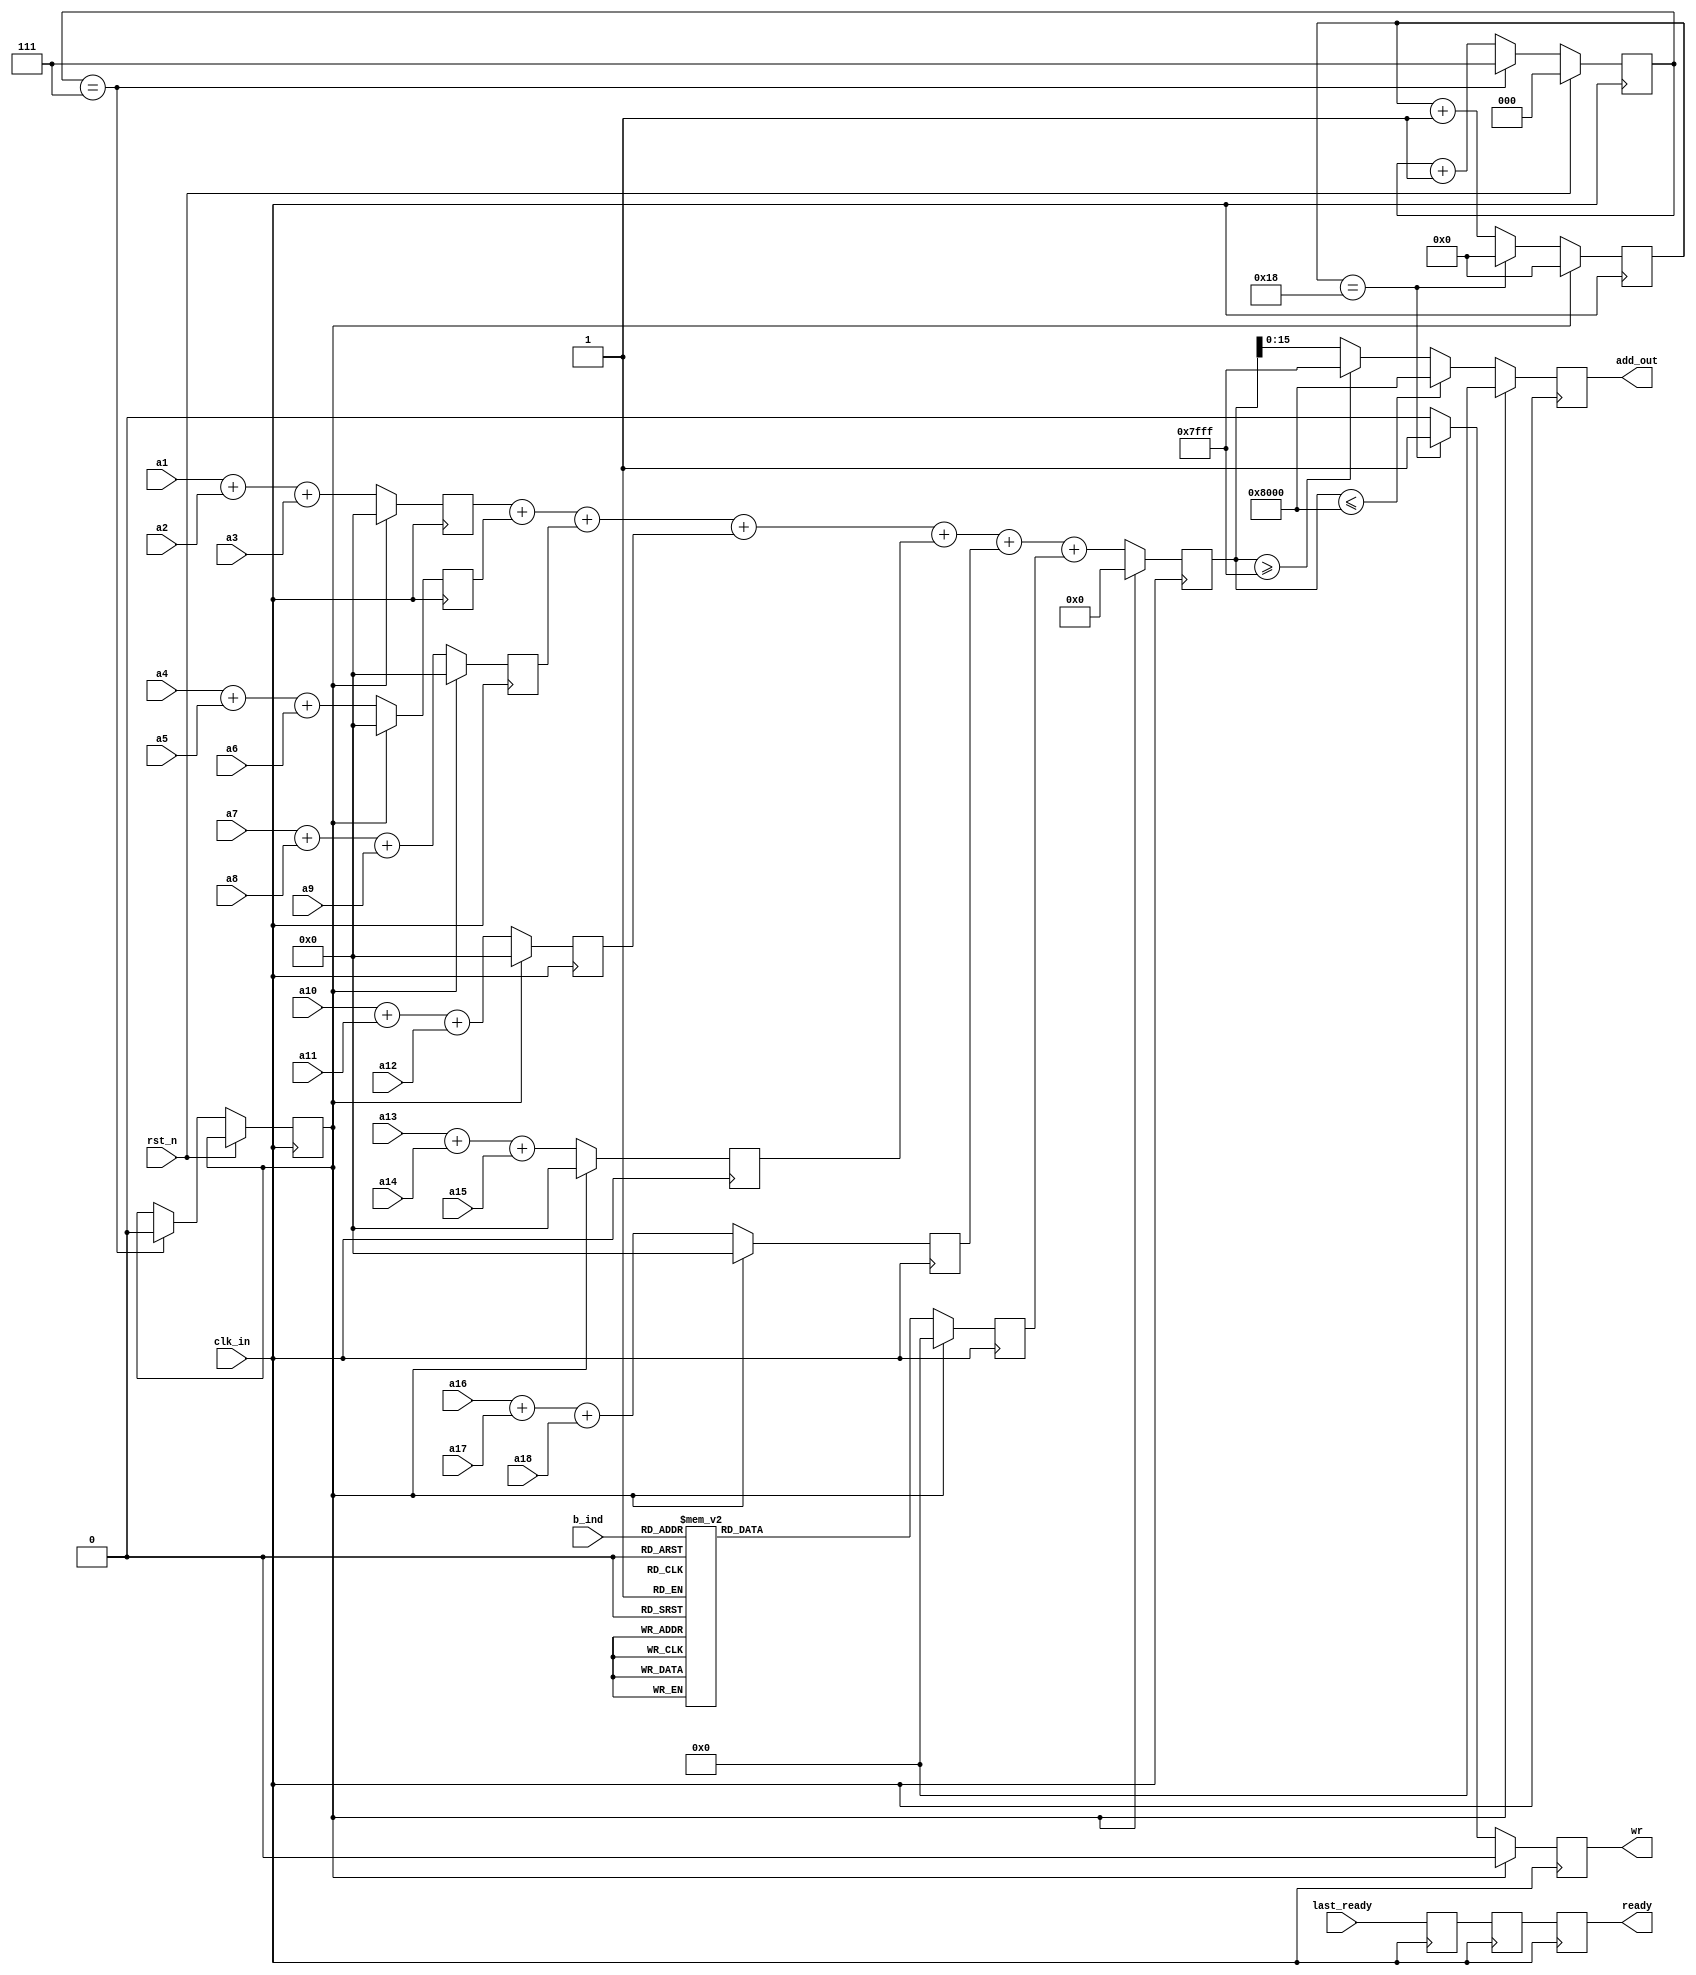
`timescale 1ns / 1ps
//////////////////////////////////////////////////////////////////////////////////
// Company: 
// Engineer: 
// 
// Design Name: 
// Module Name:    conv_adder18 
// Project Name: 
// Target Devices: 
// Tool versions: 
// Description: 
//
// Dependencies: 
//
// Revision: 
// Revision 0.01 - File Created
// Additional Comments: 
//
//////////////////////////////////////////////////////////////////////////////////
module conv_adder18(
   clk_in,
	rst_n,
	a1,	a2,	a3,	a4,	a5,	a6,	a7,	a8,	a9,
	a10,	a11,	a12,	a13,	a14,	a15,	a16,	a17,	a18,
	b_ind,
	last_ready,
	add_out,
	wr,
	ready
   );
	
parameter num_kernel = 5'd24;	//-1
parameter num_out = 9'd324;	//map

input clk_in;
input rst_n;
input signed [15:0] a1;
input signed [15:0] a2;
input signed [15:0] a3;
input signed [15:0] a4;
input signed [15:0] a5;
input signed [15:0] a6;
input signed [15:0] a7;
input signed [15:0] a8;
input signed [15:0] a9;
input signed [15:0] a10;
input signed [15:0] a11;
input signed [15:0] a12;
input signed [15:0] a13;
input signed [15:0] a14;
input signed [15:0] a15;
input signed [15:0] a16;
input signed [15:0] a17;
input signed [15:0] a18;
input [5:0] b_ind;
input last_ready;	//
output reg signed [15:0] add_out = 0;
output reg wr = 0;
output reg ready = 1;

//
reg signed [17:0] tmp1 = 0;
reg signed [17:0] tmp2 = 0;
reg signed [17:0] tmp3 = 0;
reg signed [17:0] tmp4 = 0;
reg signed [17:0] tmp5 = 0;
reg signed [17:0] tmp6 = 0;
reg signed [21:0] add_out_tmp = 0;

reg signed [15:0] b_in = 0;

reg [4:0] delay = 0;
reg delay_rst = 1;
reg [2:0] delay_cnt = 0;
reg ready_tmp = 1;
reg ready_tmp1 = 1;


//337
//
always @ (posedge clk_in)
begin
	if (rst_n)
	begin
		delay_cnt <= 0;
		delay_rst <= delay_rst;
	end
	else
	begin		
		if (delay_cnt == 7)
		begin
			delay_cnt <= 7;
			delay_rst <= rst_n;
		end
		else
		begin
			delay_cnt <= delay_cnt + 1;
			delay_rst <= delay_rst;
		end
	end
end

always @ (posedge clk_in)
begin
	if (delay_rst)
	begin
		add_out_tmp <= 0;
		add_out <= 0;
		tmp1 <= 0;
		tmp2 <= 0;
		tmp3 <= 0;
		tmp4 <= 0;
		tmp5 <= 0;
		tmp6 <= 0;

	end
	else
	begin
		tmp1 <= a1 + a2 + a3;
		tmp2 <= a4 + a5 + a6;
		tmp3 <= a7 + a8 + a9;
		tmp4 <= a10 + a11 + a12;
		tmp5 <= a13 + a14 + a15;
		tmp6 <= a16 + a17 + a18;	
		
		add_out_tmp <= tmp1 + tmp2 + tmp3 + tmp4 + tmp5 + tmp6 + b_in;
		
		if (add_out_tmp <= -22'sd32768)
			add_out <= -16'sd32768;
		else if (add_out_tmp >= 22'sd32767)
			add_out <= 16'sd32767;
		else
			add_out <= add_out_tmp[15:0];
	end
end

always @ (posedge clk_in)
begin
	if (delay_rst) 
		b_in <= 0;
	else 
	begin
		case (b_ind)
			0:	b_in <= 991;
			1: 	b_in <= 63819;
			2:	b_in <= 64743;
			3:	b_in <= 64790;
			4:	b_in <= 63266;
			5: 	b_in <= 62229;
			6: 	b_in <= 64976;
			7: 	b_in <= 64225;
			8: 	b_in <= 51;
			9: 	b_in <= 2369;
			10:	b_in <= 367;
			11:	b_in <= 64368;
			12:	b_in <= 136;
			13:	b_in <= 64819;
			14:	b_in <= 250;
			15:	b_in <= 236;
			16:	b_in <= 16;
			17:	b_in <= 1365;
			18:	b_in <= 65052;
			19: b_in <= 64769;
			20:	b_in <= 60880;
			21:	b_in <= 63707;
			22:	b_in <= 397;
			23: b_in <= 218;
			24: b_in <= 64900;
			25: b_in <= 954;
			26: b_in <= 1419;
			27: b_in <= 380;
			28: b_in <= 64410;
			29: b_in <= 65306;
			30: b_in <= 62728;
			31: b_in <= 1419;
			32: b_in <= 64866;
			33: b_in <= 64125;
			34: b_in <= 8;
			35: b_in <= 64903;
			default: b_in <= 0;
		endcase
	end
end

always @ (posedge clk_in)
begin
	if (delay_rst)
	begin
		delay <= 0;	
		wr <= 0;
	end
	else
	begin
		if (delay == num_kernel)	
		begin
			delay <= 0;
			wr <= 1;
		end
		else
		begin
			delay <= delay + 1;
			wr <= 0;
		end
	end
end

always @ (posedge clk_in)
begin
	ready_tmp <= last_ready;
	ready_tmp1 <= ready_tmp;
	ready <= ready_tmp1;	
end	
	
endmodule